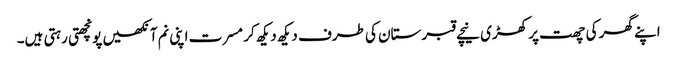
اپنے گھر کی چھت پر کھڑی نیچے قبرستان کی طرف دیکھ دیکھ کر مسرت اپنی نم آنکھیں پونچھتی رہتی ہیں۔